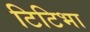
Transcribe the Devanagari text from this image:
टिटिभा